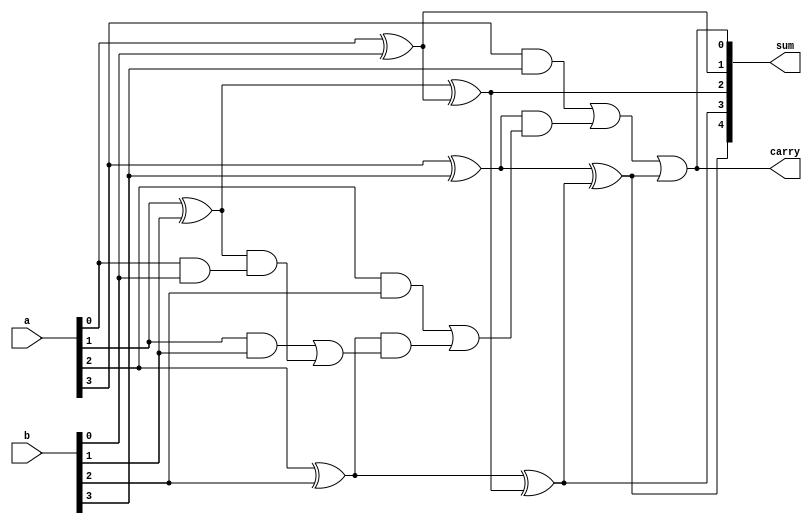
module kogge_stone_adder(
  input wire [3:0] a,
  input wire [3:0] b,
  output reg [4:0] sum,
  output reg carry
);

reg [4:0] p, g;
wire [4:0] c;

assign p[0] = a[0] ^ b[0];
assign g[0] = a[0] & b[0];

assign c[1] = g[0] | p[0] & (a[1] ^ b[1]);
assign p[1] = a[1] ^ b[1] ^ p[0];
assign g[1] = a[1] & b[1] | (a[1] ^ b[1]) & g[0];

assign c[2] = g[1] | p[1] & (a[2] ^ b[2]);
assign p[2] = a[2] ^ b[2] ^ p[1];
assign g[2] = a[2] & b[2] | (a[2] ^ b[2]) & g[1];

assign c[3] = g[2] | p[2] & (a[3] ^ b[3]);
assign p[3] = a[3] ^ b[3] ^ p[2];
assign g[3] = a[3] & b[3] | (a[3] ^ b[3]) & g[2];

assign c[4] = g[3] | p[3];
assign sum = {p[3], p[2], p[1], p[0], c[4]};
assign carry = c[4];

endmodule